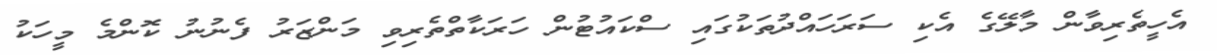
އެހީތެރިވާން މާލޭގެ އެކި ސަރަހައްދުތަކުގައި ސްކައުޓުން ހަރަކާތްތެރިވި މަންޒަރު ފެނުނު ކޮންމެ މީހަކު